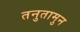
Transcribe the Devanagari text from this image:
तनुतामुन